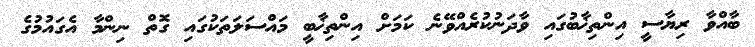
ބާއްވާ ރިޔާސީ އިންތިޚާބުގައި ވާދަނުކުރެއްވޭނެ ކަމަށް އިންތިޚާބީ މައްސަލަތަކުގައި ގޮތް ނިންމާ އެގައުމުގެ